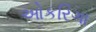
ઓકરિગા